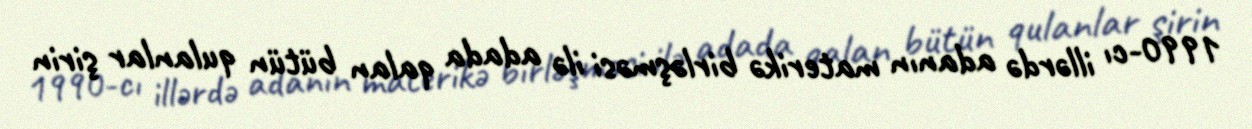
1990-cı illərdə adanın materikə birləşməsi ilə adada qalan bütün qulanlar şirin